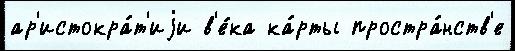
ар'истокра́т'иjи в'е́ка ка́рты простра́нств'е